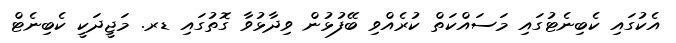
އެކުގައި ކެބިނެޓުގައި މަސައްކަތް ކުރެއްވި ބޭފުޅުން ވިދާޅުވާ ގޮތުގައި ޑރ. މަޖީދަކީ ކެބިނެޓް